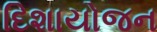
દિશાયોજન